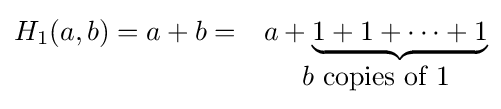
{\begin{matrix}H_{1}(a,b)=a+b=&a+\underbrace {1+1+\dots +1} \\&b{\mbox{ copies of }}1\end{matrix}}